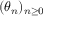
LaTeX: ( \theta _ { n } ) _ { n \geq 0 }